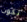
تكون